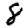
Digit: 8